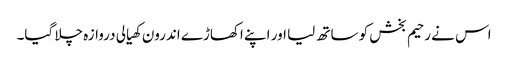
اس نے رحیم بخش کو ساتھ لیا اور اپنے اکھاڑے اندرون کھیالی دروازہ چلا گیا۔